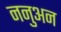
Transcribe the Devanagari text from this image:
ननुअन